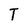
Character: T